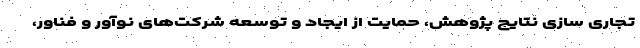
تجاری سازی نتایج پژوهش، حمایت از ایجاد و توسعه شرکت‌های نوآور و فناور،